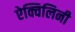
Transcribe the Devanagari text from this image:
ऐक्विलिनी